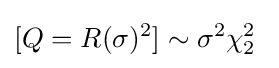
[Q=R(\sigma )^{2}]\sim \sigma ^{2}\chi _{2}^{2}\